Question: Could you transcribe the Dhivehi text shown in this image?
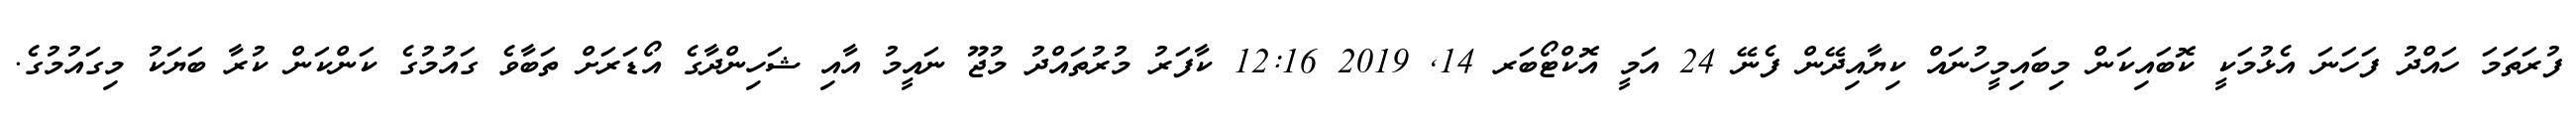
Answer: ފުރަތަމަ ހައްދު ފަހަނަ އެޅުމަކީ ކޮބައިކަން މިބައިމީހުނައް ކިޔާއިދޭން ފެނޭ 24 އަމީ އޮކްޓޯބަރ 14, 2019 12:16 ކާފަރު މުރުތައްދު މުޖޫ ނައީމު އާއި ޝަހިންދާގެ އޯޑަރަށް ތަބާވެ ގައުމުގެ ކަންކަން ކުރާ ބަޔަކު މިގައުމުގެ.